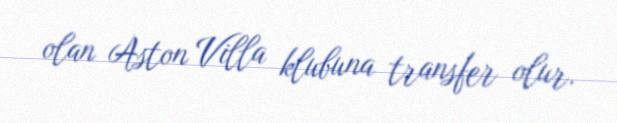
olan Aston Villa klubuna transfer olur.